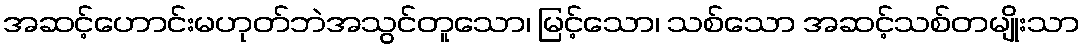
အဆင့်ဟောင်းမဟုတ်ဘဲအသွင်တူသော၊ မြင့်သော၊ သစ်သော အဆင့်သစ်တမျိုးသာ